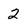
Character: 2